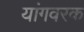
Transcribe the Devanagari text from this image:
यांगवरक